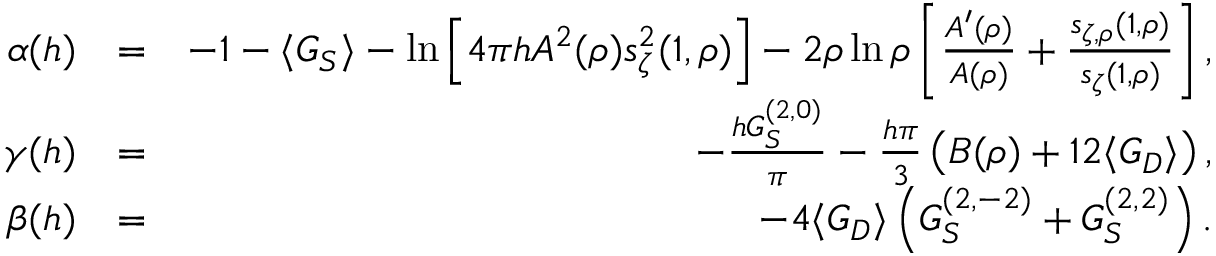
\begin{array} { r l r } { \alpha ( h ) } & { = } & { - 1 - \langle G _ { S } \rangle - \ln \left[ 4 \pi h A ^ { 2 } ( \rho ) s _ { \zeta } ^ { 2 } ( 1 , \rho ) \right] - 2 \rho \ln \rho \left[ \frac { A ^ { \prime } ( \rho ) } { A ( \rho ) } + \frac { s _ { \zeta , \rho } ( 1 , \rho ) } { s _ { \zeta } ( 1 , \rho ) } \right] , } \\ { \gamma ( h ) } & { = } & { - \frac { h G _ { S } ^ { ( 2 , 0 ) } } { \pi } - \frac { h \pi } { 3 } \left( B ( \rho ) + 1 2 \langle G _ { D } \rangle \right) , } \\ { \beta ( h ) } & { = } & { - 4 \langle G _ { D } \rangle \left( G _ { S } ^ { ( 2 , - 2 ) } + G _ { S } ^ { ( 2 , 2 ) } \right) . } \end{array}